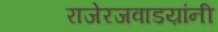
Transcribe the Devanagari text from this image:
राजेरजवाडय़ांनी